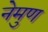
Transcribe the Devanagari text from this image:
नेमुण